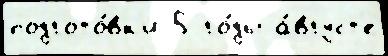
подгото́вк'и 5 го́ды а́вгуст'е